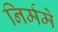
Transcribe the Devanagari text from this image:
निर्ममे